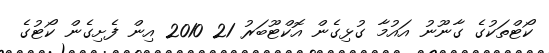
ކޯޓްތަކުގެ ގާނޫނު އައުމާ ގުޅިގެން އޮކްޓޫބަރު 21 2010 އިން ފެށިގެން ކޯޓުގެ